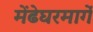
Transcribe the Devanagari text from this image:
मेंढेघरमार्गे